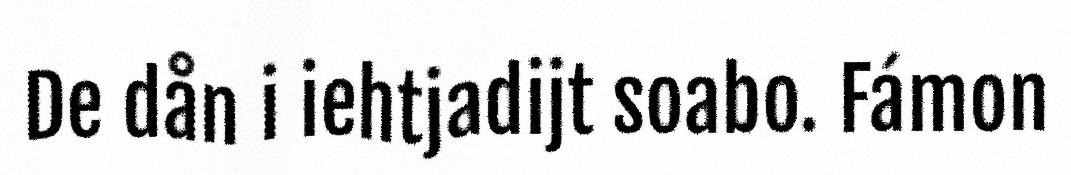
De dån i iehtjadijt soabo. Fámon